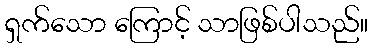
ရှက်သော ကြောင့် သာဖြစ်ပါသည်။